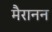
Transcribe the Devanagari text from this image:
मैरानन